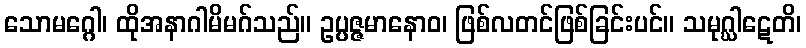
သောမဂ္ဂေါ၊ ထိုအနာဂါမိမဂ်သည်။ ဥပ္ပဇ္ဇမာနောဝ၊ ဖြစ်လတင်ဖြစ်ခြင်းပင်။ သမုဂ္ဃါဋေတိ၊